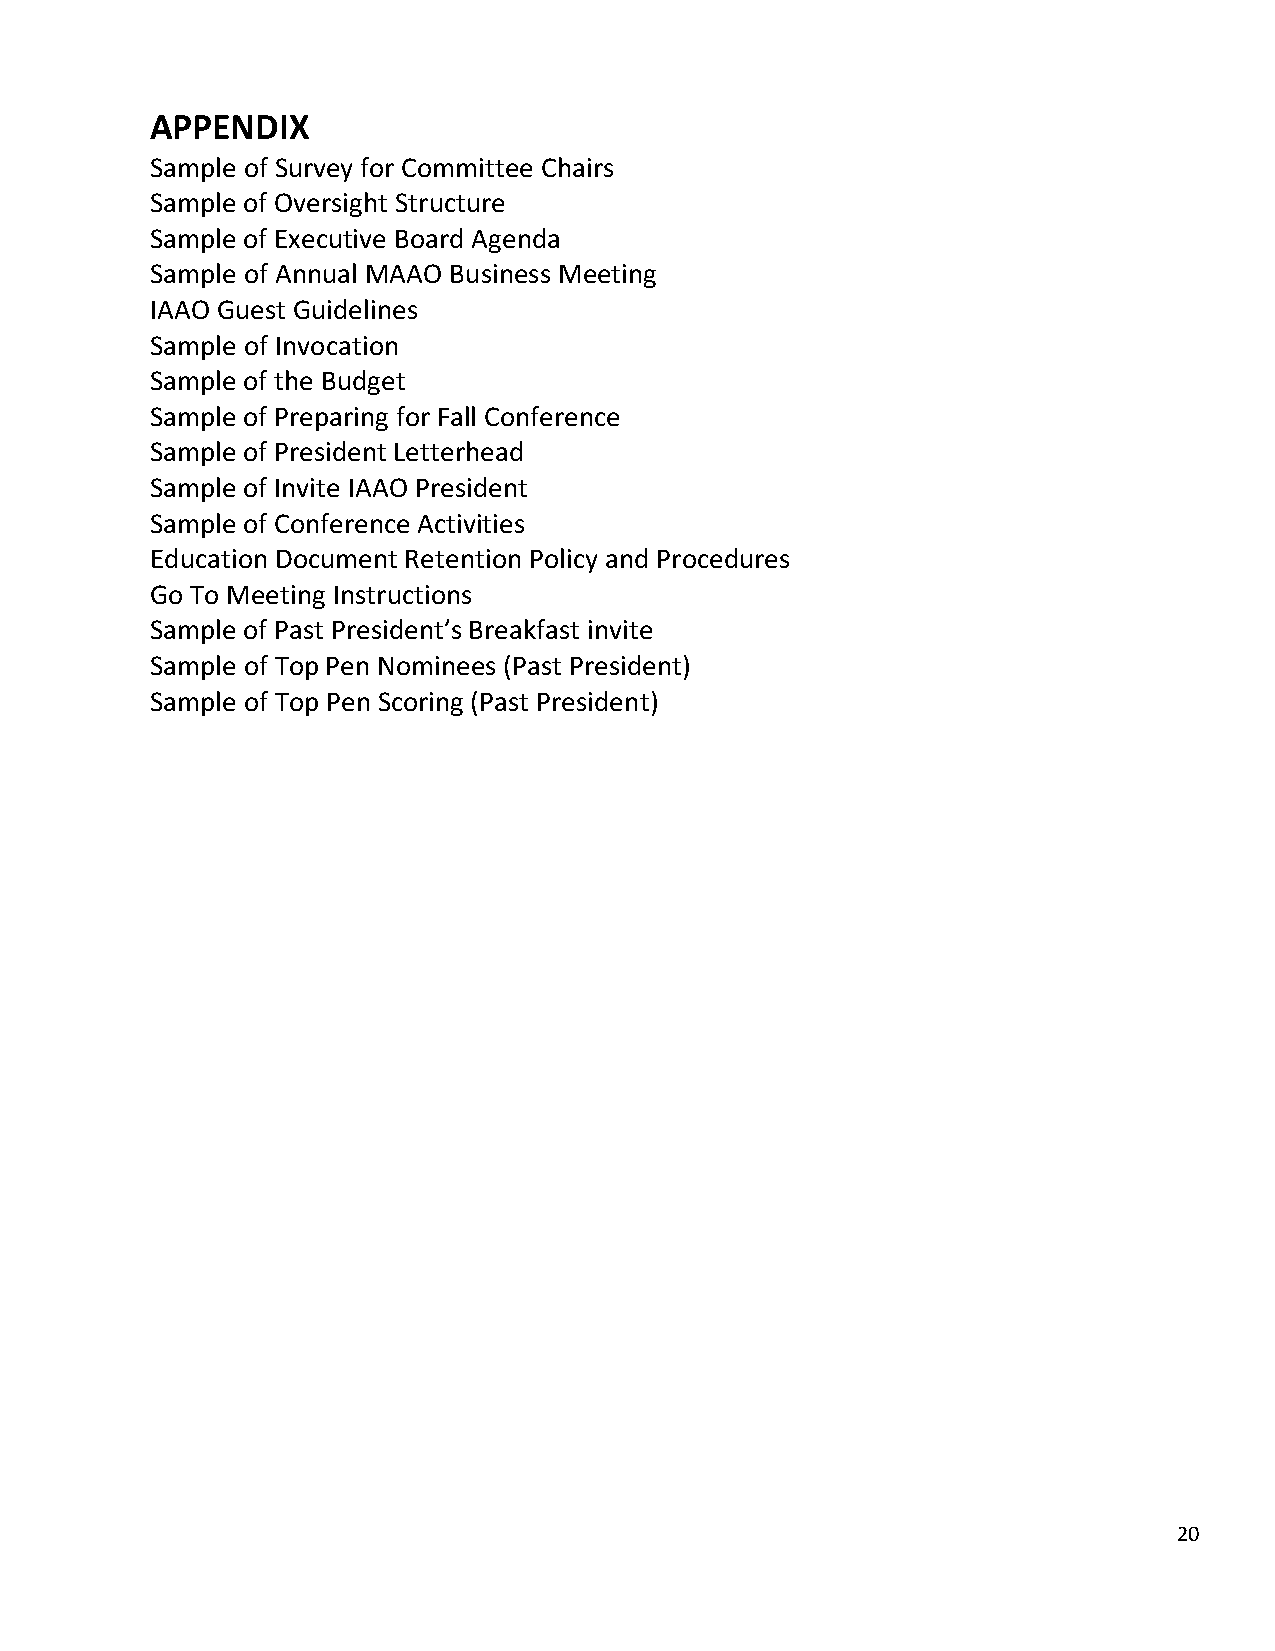
APPENDIX
 Sample of Survey for Committee Chairs
 Sample of Oversight Structure
 Sample of Executive Board Agenda
 Sample of Annual MAAO Business Meeting
 IAAO Guest Guidelines
 Sample of Invocation
 Sample of the Budget
 Sample of Preparing for Fall Conference
 Sample of President Letterhead
 Sample of Invite IAAO President
 Sample of Conference Activities
 Education Document Retention Policy and Procedures
 Go To Meeting Instructions
 Sample of Past President’s Breakfast invite
 Sample of Top Pen Nominees (Past President)
 Sample of Top Pen Scoring (Past President)
 20